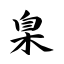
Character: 臬